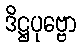
ဒိဋ္ဌပုဗ္ဗော